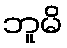
ဘူမိ